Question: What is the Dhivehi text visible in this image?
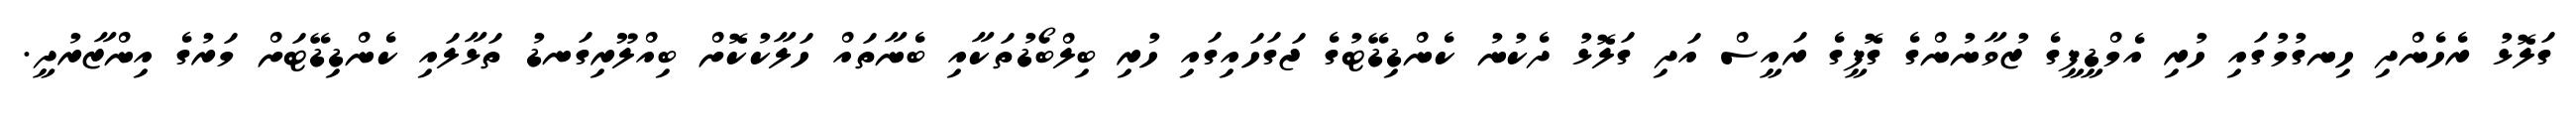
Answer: ގަލޮޅު ރެހެންދި ހިނގުމުގައި ހުރި އެމްޑީޕީގެ ޒުވާނުންގެ ގޮފީގެ ރައީސް އަދި ގަލޮޅު ދެކުނު ކެންޑިޑޭޓުގެ ޖަގަހައިގައި ހުރި ބިލްބޯޑުތަކާއި ބެނާތައް ހަލާކުކޮށް ބިއްލޫރިގަނޑު ތަޅާލައި ކެންޑިޑޭޓަށް މަރުގެ އިންޒާރުދީ.